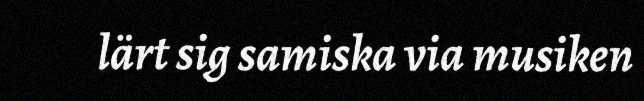
lärt sig samiska via musiken